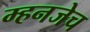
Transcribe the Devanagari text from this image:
म्हनजेच